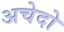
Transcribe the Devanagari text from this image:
अचेदो